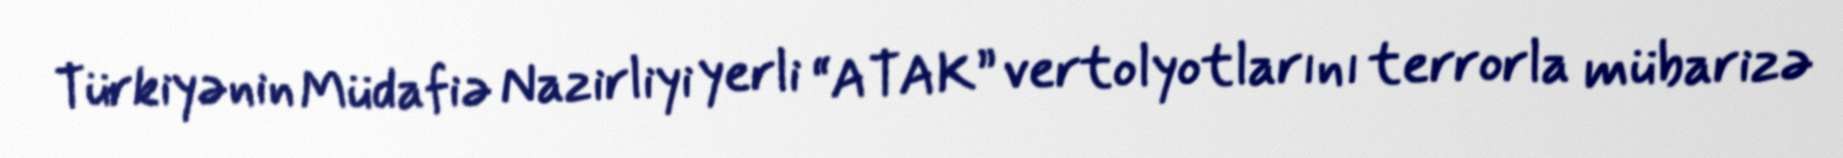
Türkiyənin Müdafiə Nazirliyi yerli “ATAK” vertolyotlarını terrorla mübarizə